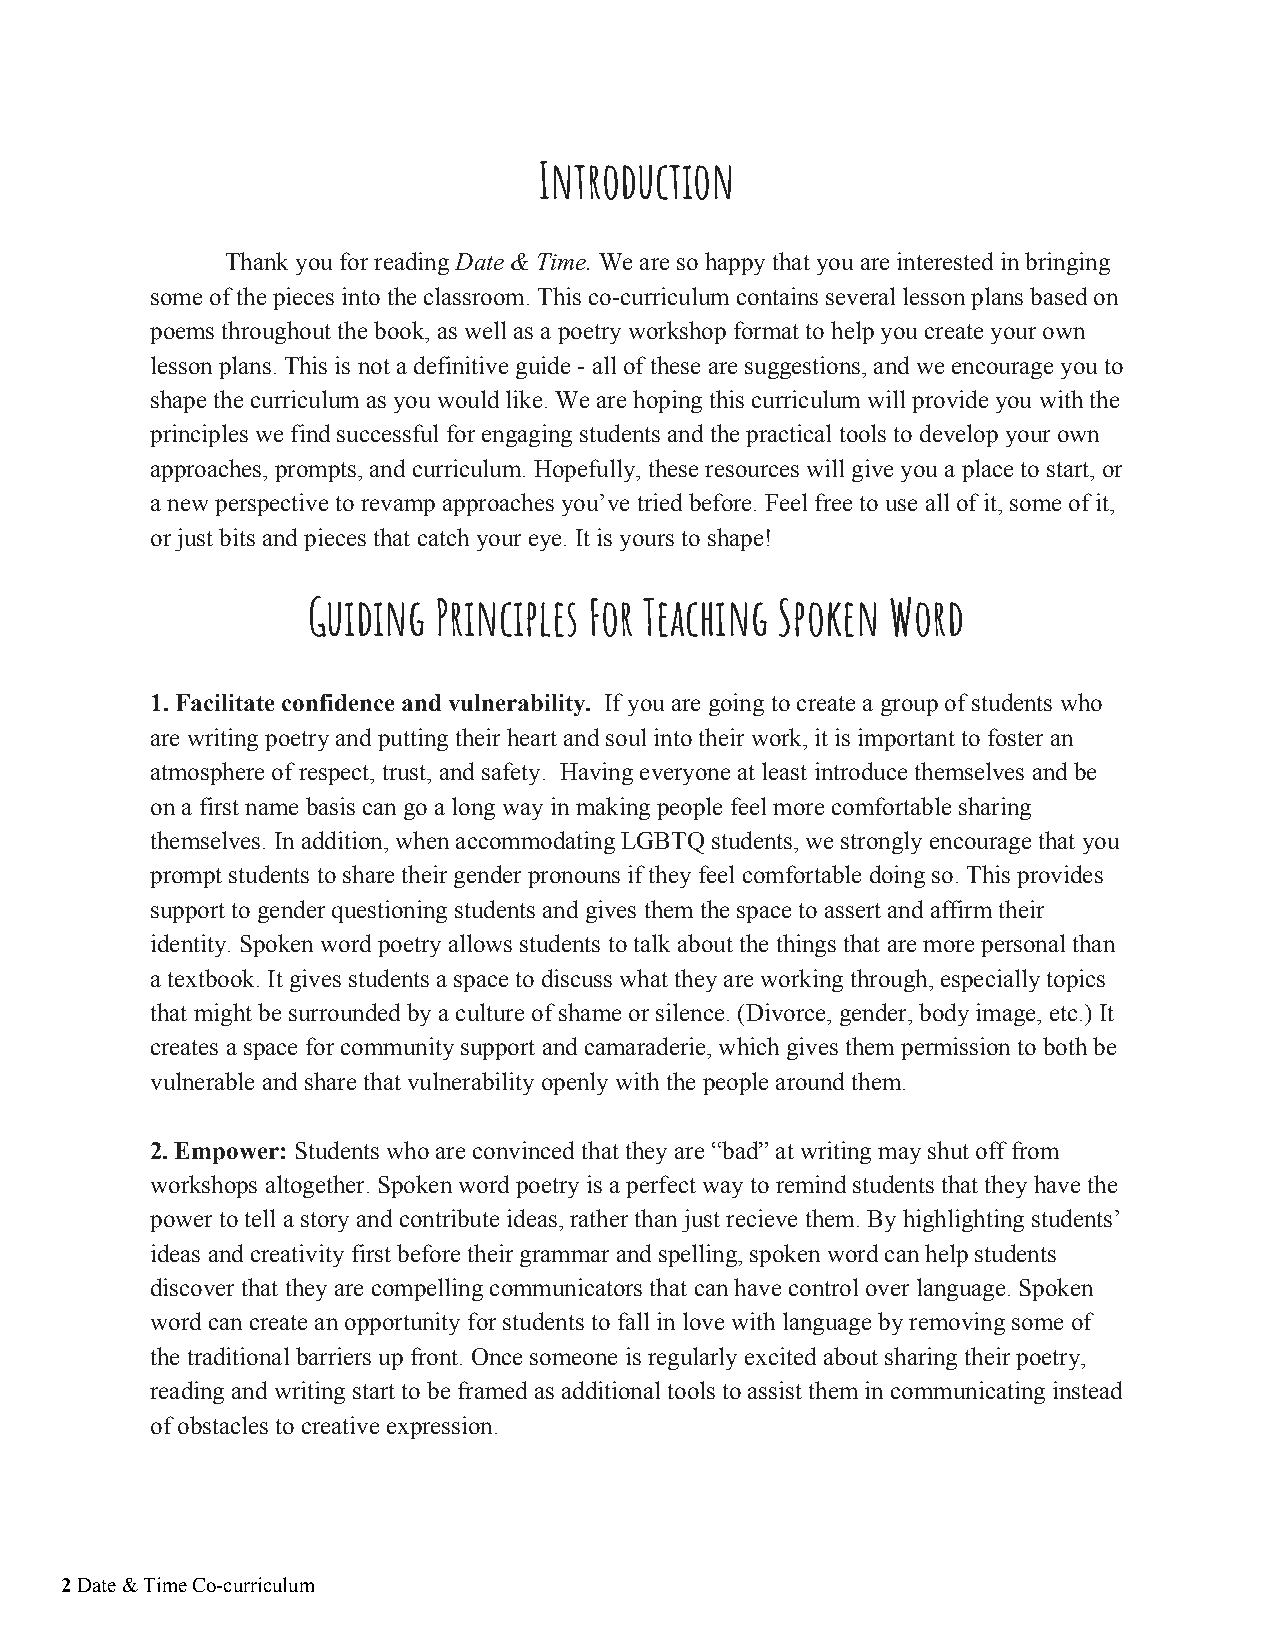
Introduction
 Thank you for reading Date & Time. We are so happy that you are interested in bringing
 ​        ​
 some of the pieces into the classroom. This co-curriculum contains several lesson plans based on
 poems throughout the book, as well as a poetry workshop format to help you create your own
 lesson plans. This is not a definitive guide - all of these are suggestions, and we encourage you to
 shape the curriculum as you would like. We are hoping this curriculum will provide you with the
 principles we find successful for engaging students and the practical tools to develop your own
 approaches, prompts, and curriculum. Hopefully, these resources will give you a place to start, or
 a new perspective to revamp approaches you’ve tried before. Feel free to use all of it, some of it,
 or just bits and pieces that catch your eye. It is yours to shape!
 Guiding  Principles For Teaching Spoken Word
 1. Facilitate confidence and vulnerability. If you are going to create a group of students who
 ​​
 are writing poetry and putting their heart and soul into their work, it is important to foster an
 atmosphere of respect, trust, and safety. Having everyone at least introduce themselves and be
 on a first name basis can go a long way in making people feel more comfortable sharing
 themselves. In addition, when accommodating LGBTQ students, we strongly encourage that you
 prompt students to share their gender pronouns if they feel comfortable doing so. This provides
 support to gender questioning students and gives them the space to assert and affirm their
 identity. Spoken word poetry allows students to talk about the things that are more personal than
 a textbook. It gives students a space to discuss what they are working through, especially topics
 that might be surrounded by a culture of shame or silence. (Divorce, gender, body image, etc.) It
 creates a space for community support and camaraderie, which gives them permission to both be
 vulnerable and share that vulnerability openly with the people around them.
 2. Empower: Students who are convinced that they are “bad” at writing may shut off from
 ​​
 workshops altogether. Spoken word poetry is a perfect way to remind students that they have the
 power to tell a story and contribute ideas, rather than just recieve them. By highlighting students’
 ideas and creativity first before their grammar and spelling, spoken word can help students
 discover that they are compelling communicators that can have control over language. Spoken
 word can create an opportunity for students to fall in love with language by removing some of
 the traditional barriers up front. Once someone is regularly excited about sharing their poetry,
 reading and writing start to be framed as additional tools to assist them in communicating instead
 of obstacles to creative expression.
 2 Date & Time Co-curriculum
 ​​